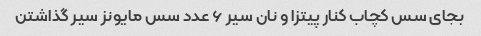
بجای سس کچاب کنار پیتزا و نان سیر ۶ عدد سس مایونز سیر گذاشتن